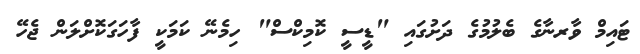
ޓައިމް ވާރނާގެ ބެލުމުގެ ދަށުގައި "ޑީސީ ކޮމިކްސް" ހިމެނޭ ކަމަކީ ފާހަގަކޮށްލަން ޖެހޭ